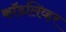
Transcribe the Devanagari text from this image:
कॉडलिव्हर